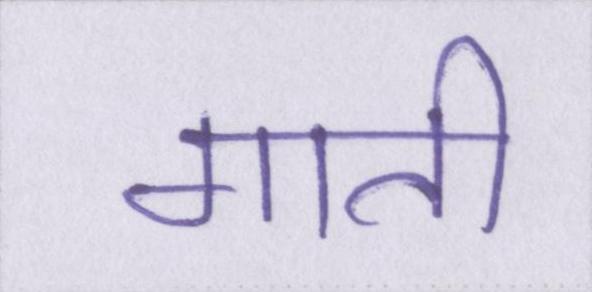
गाती